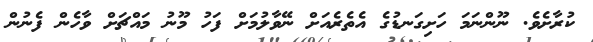
ކުރާށެވެ. ނޫންނަމަ ހަށިގަނޑުގެ އެތެރެއަށް ނޭވާލުމަށް ފަހު މޫނު މައްޗަށް ވާހެން ފެނުން